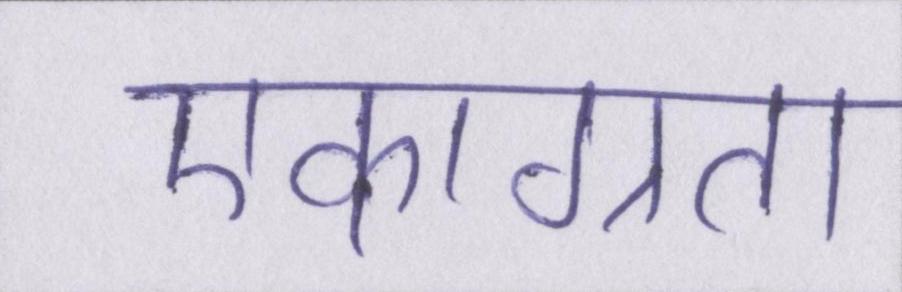
एकाग्रता